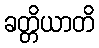
ခတ္တိယာတိ